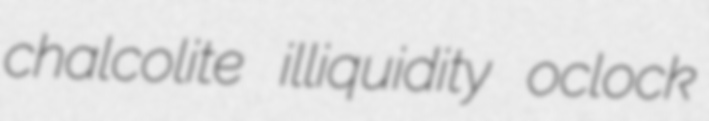
chalcolite illiquidity oclock